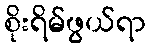
စိုးရိမ်ဖွယ်ရာ